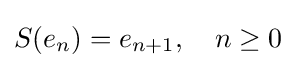
S(e_{n})=e_{n+1},\quad n\geq 0